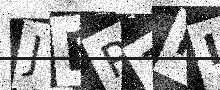
Text: JBR1FI